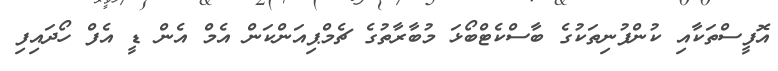
އޮފީސްތަކާއި ކުންފުނިތަކުގެ ބާސްކެޓްބޯޅަ މުބާރާތުގެ ޗެމްޕިއަންކަން އެމް އެން ޑީ އެފް ހޯދައިފި